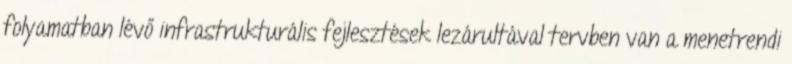
folyamatban lévő infrastrukturális fejlesztések lezárultával tervben van a menetrendi